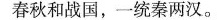
春秋和战国，一统秦两汉。